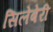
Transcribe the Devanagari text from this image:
सिलेबेरी